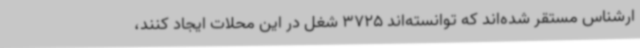
ارشناس مستقر شده‌اند که توانسته‌اند 3725 شغل در این محلات ایجاد کنند،